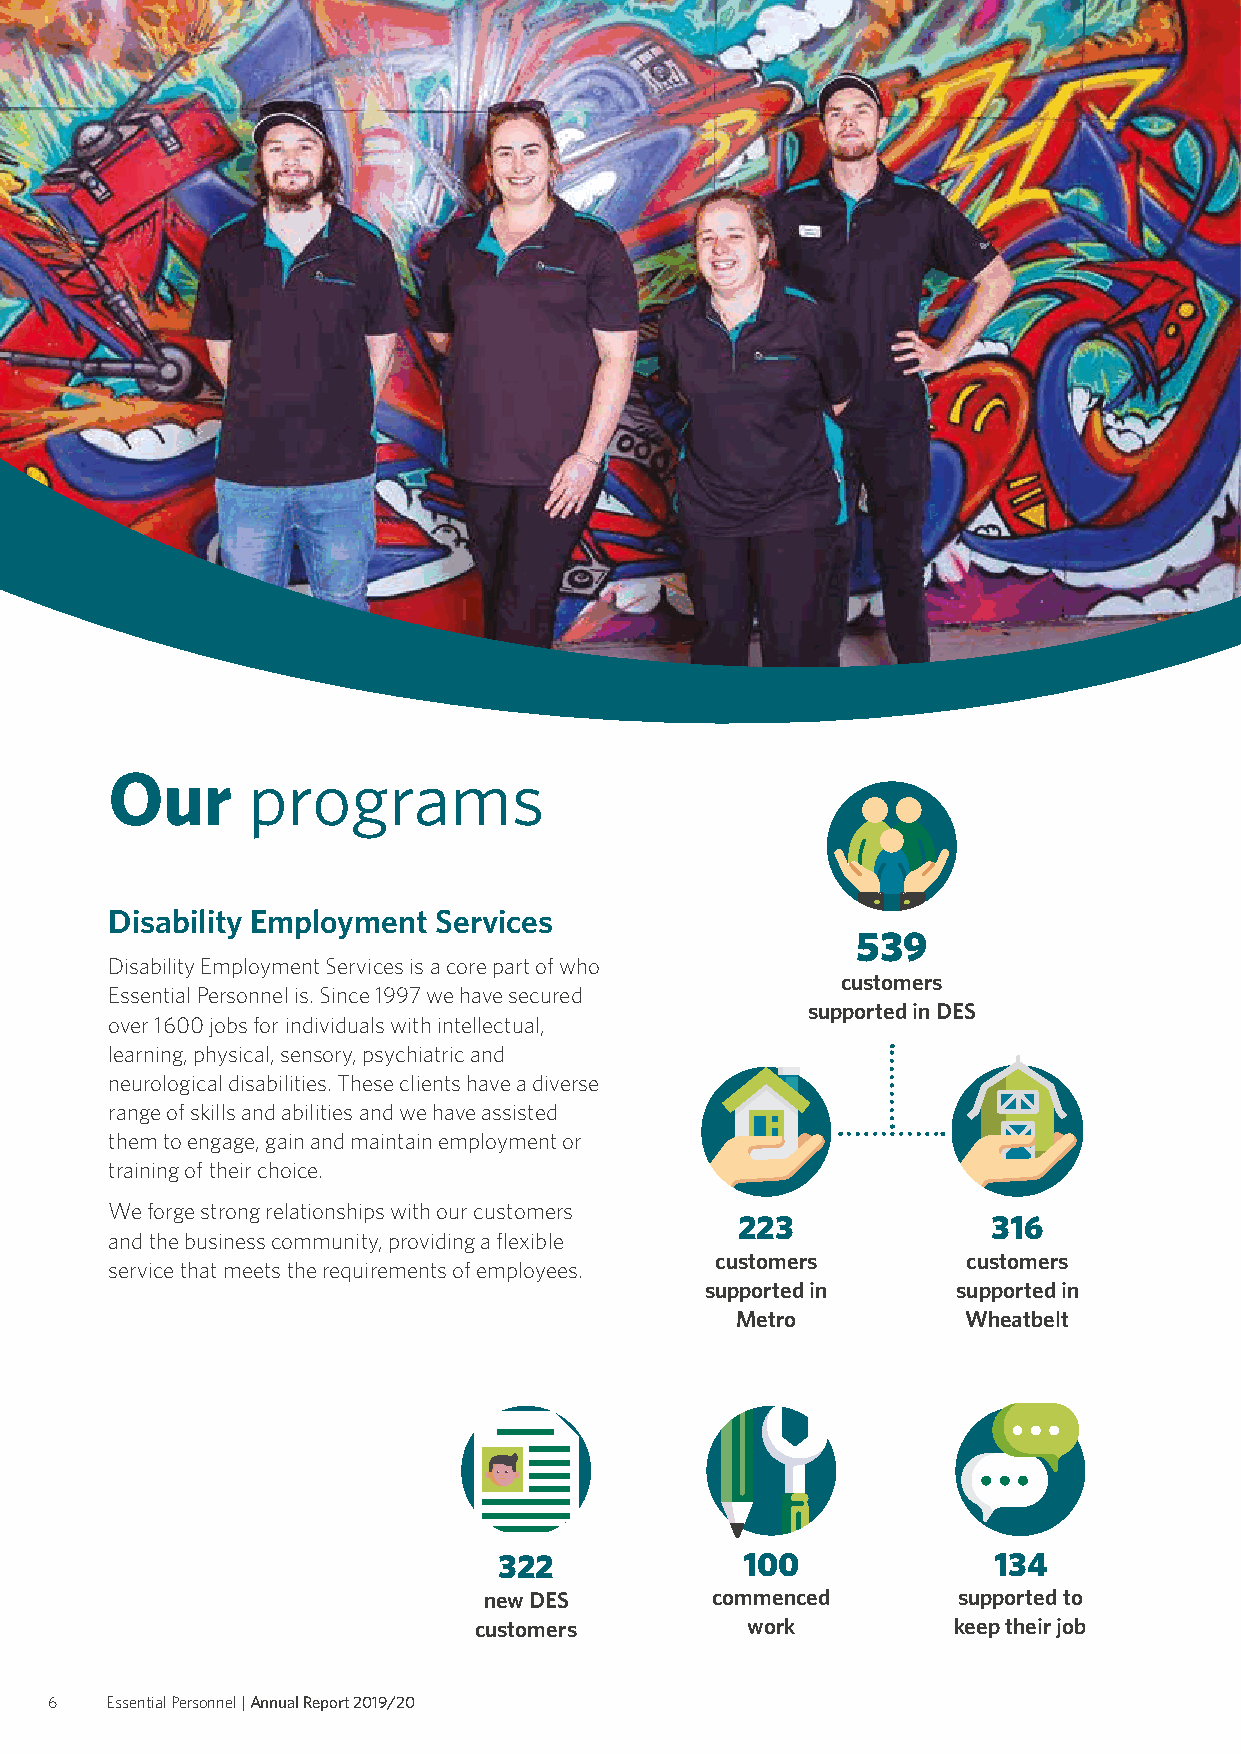
Our      programs
 Disability Employment Services
 539
 Disability Employment Services is a core part of who
 customers
 Essential Personnel is. Since 1997 we have secured
 supported in DES
 over 1600 jobs for individuals with intellectual,
 learning, physical, sensory, psychiatric and
 neurological disabilities. These clients have a diverse
 range of skills and abilities and we have assisted
 them to engage, gain and maintain employment or
 training of their choice.
 We forge strong relationships with our customers
 223              316
 and the business community, providing a flexible
 customers        customers
 service that meets the requirements of employees.
 supported in    supported in
 Metro          Wheatbelt
 322             100              134
 new DES        commenced       supported to
 customers         work          keep their job
 6   Essential Personnel | Annual Report 2019/20